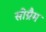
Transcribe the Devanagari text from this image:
सीग्रैम